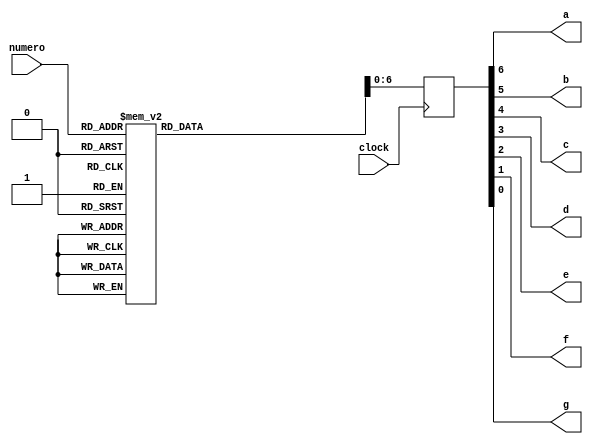
module display7seg(clock, numero, a, b, c, d, e, f, g);

input clock;
output a,b,c,d,e,f,g;
input [3:0] numero;
reg [7:0] seg7;

always@(posedge clock)
begin

	case(numero)
	4'b0000 : seg7 = 7'b0000001;
	4'b0001 : seg7 = 7'b1001111;
	4'b0010 : seg7 = 7'b0010010;
	4'b0011 : seg7 = 7'b0000110;
	4'b0100 : seg7 = 7'b1001100;
	4'b0101 : seg7 = 7'b0100100;
	4'b0110 : seg7 = 7'b0100000;
	4'b0111 : seg7 = 7'b0001101;
	4'b1000 : seg7 = 7'b0000000;
	4'b1001 : seg7 = 7'b0000100;
	4'b1010 : seg7 = 7'b1111110;
	4'b1011 : seg7 = 7'b1111111;
	default : seg7 = ~7'b1111111;
	endcase
	end
	assign {a,b,c,d,e,f,g} = seg7;
	endmodule